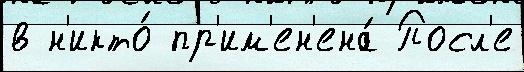
в н'икто́ пр'им'ен'ена́ Посл'е